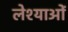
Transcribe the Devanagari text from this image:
लेश्याओं